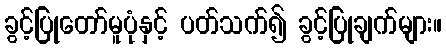
ခွင့်ပြုတော်မူပုံနှင့် ပတ်သက်၍ ခွင့်ပြုချက်များ။